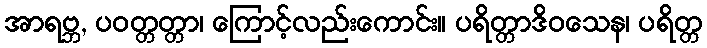
အာရဗ္ဘ, ပဝတ္တတ္တာ၊ ကြောင့်လည်းကောင်း။ ပရိတ္တာဒိဝသေန၊ ပရိတ္တ